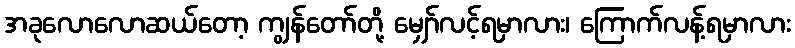
အခုလောလောဆယ်တော့ ကျွန်တော်တို့ မျှော်လင့်ရမှာလား၊ ကြောက်လန့်ရမှာလား